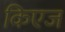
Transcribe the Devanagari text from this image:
किएज